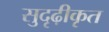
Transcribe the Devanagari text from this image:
सुदृढ़ीकृत